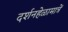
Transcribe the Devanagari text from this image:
दर्शनहेळामात्रें